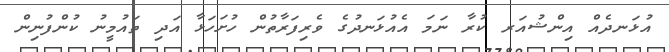
އުޅަނދެއް އިންޝުއަރ ކުރާ ނަމަ އެއުޅަނދުގެ ވެރިފަރާތުން ހުށަހަޅާ އަދި ތައުމީނު ކުންފުނިން